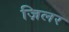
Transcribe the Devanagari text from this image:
ज़िलर